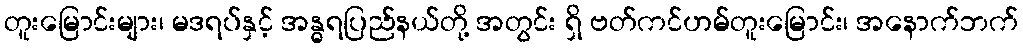
တူးမြောင်းများ၊ မဒရပ်နှင့် အန္ဓရပြည်နယ်တို့ အတွင်း ရှိ ဗတ်ကင်ဟမ်တူးမြောင်း၊ အနောက်ဘက်